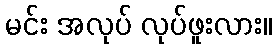
မင်း အလုပ် လုပ်ဖူးလား။